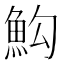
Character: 𩵻